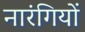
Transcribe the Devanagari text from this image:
नारंगियों